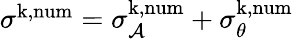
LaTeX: \begin{array}{r}{\sigma^{\mathrm{k,num}}=\sigma_{\mathcal{A}}^{\mathrm{k,num}}+\sigma_{\theta}^{\mathrm{k,num}}}\end{array}